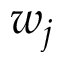
w _ { j }